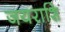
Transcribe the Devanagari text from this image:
जयराशि